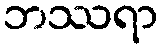
ဘဿရာ